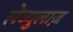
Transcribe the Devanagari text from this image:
लेब्युलाज़